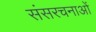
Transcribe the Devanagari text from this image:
संसरचनाओं